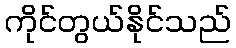
ကိုင်တွယ်နိုင်သည်